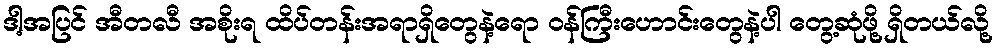
ဒါ့အပြင် အီတလီ အစိုးရ ထိပ်တန်းအရာရှိတွေနဲ့ရော ဝန်ကြီးဟောင်းတွေနဲ့ပါ တွေ့ဆုံဖို့ ရှိတယ်လို့